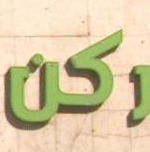
ركن